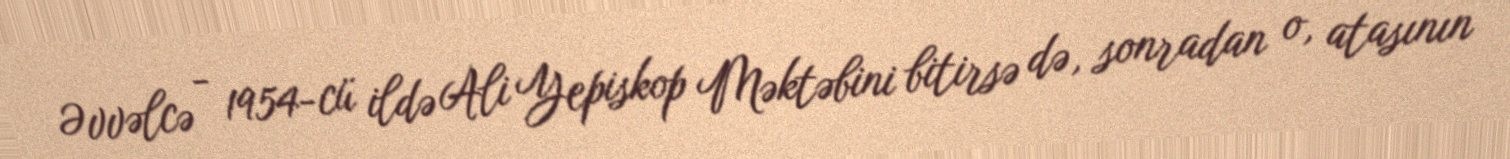
Əvvəlcə - 1954-cü ildə Ali Yepiskop Məktəbini bitirsə də, sonradan o, atasının